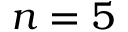
n = 5